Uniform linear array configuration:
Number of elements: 32
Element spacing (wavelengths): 0.75
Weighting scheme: blackman
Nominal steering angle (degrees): -45
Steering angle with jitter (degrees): -45.758
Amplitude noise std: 0.05
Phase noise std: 0.05

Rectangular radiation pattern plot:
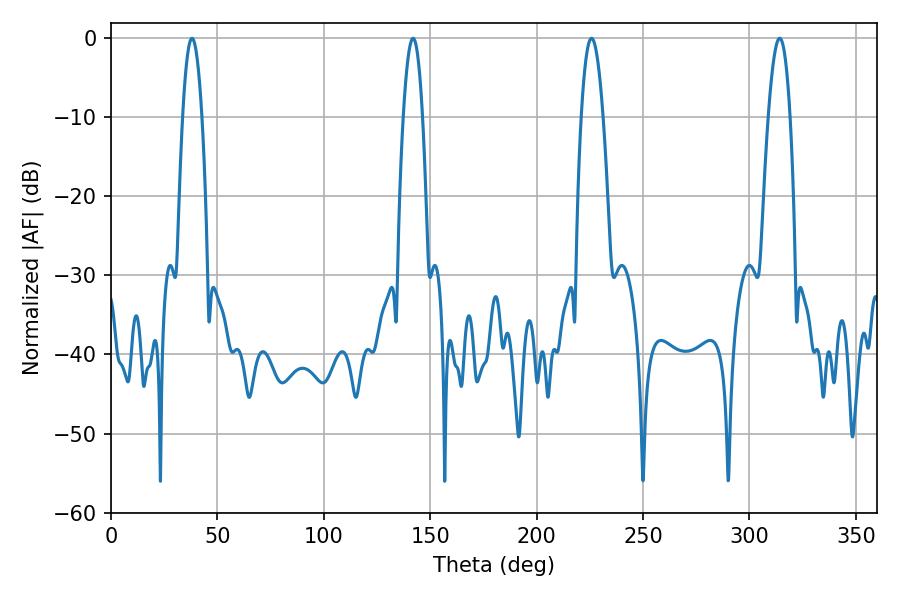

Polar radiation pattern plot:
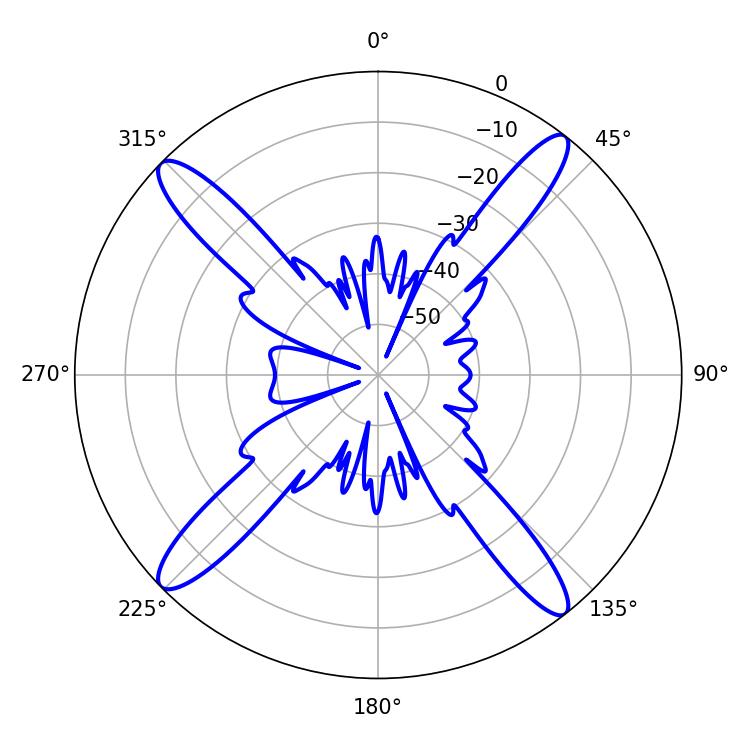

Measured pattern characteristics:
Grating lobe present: TRUE
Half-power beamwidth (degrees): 5.58
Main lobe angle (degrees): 314.28